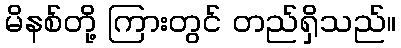
မိနစ်တို့ ကြားတွင် တည်ရှိသည်။